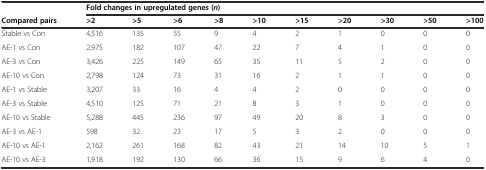
<table><thead><tr><td></td><td colspan="10"><b>Fold changes in upregulated genes (<i>n</i>)</b></td></tr><tr><td><b>Compared pairs</b></td><td><b>&gt;2</b></td><td><b>&gt;5</b></td><td><b>&gt;6</b></td><td><b>&gt;8</b></td><td><b>&gt;10</b></td><td><b>&gt;15</b></td><td><b>&gt;20</b></td><td><b>&gt;30</b></td><td><b>&gt;50</b></td><td><b>&gt;100</b></td></tr></thead><tbody><tr><td>Stable vs Con</td><td>4,516</td><td>135</td><td>55</td><td>9</td><td>4</td><td>2</td><td>1</td><td>0</td><td>0</td><td>0</td></tr><tr><td>AE-1 vs Con</td><td>2,975</td><td>182</td><td>107</td><td>47</td><td>22</td><td>7</td><td>4</td><td>1</td><td>0</td><td>0</td></tr><tr><td>AE-3 vs Con</td><td>3,426</td><td>225</td><td>149</td><td>65</td><td>35</td><td>11</td><td>5</td><td>2</td><td>0</td><td>0</td></tr><tr><td>AE-10 vs Con</td><td>2,798</td><td>124</td><td>73</td><td>31</td><td>16</td><td>2</td><td>1</td><td>1</td><td>0</td><td>0</td></tr><tr><td>AE-1 vs Stable</td><td>3,207</td><td>33</td><td>16</td><td>4</td><td>4</td><td>2</td><td>0</td><td>0</td><td>0</td><td>0</td></tr><tr><td>AE-3 vs Stable</td><td>4,510</td><td>125</td><td>71</td><td>21</td><td>8</td><td>3</td><td>1</td><td>0</td><td>0</td><td>0</td></tr><tr><td>AE-10 vs Stable</td><td>5,288</td><td>445</td><td>236</td><td>97</td><td>49</td><td>20</td><td>8</td><td>3</td><td>0</td><td>0</td></tr><tr><td>AE-3 vs AE-1</td><td>598</td><td>32</td><td>23</td><td>17</td><td>5</td><td>3</td><td>2</td><td>0</td><td>0</td><td>0</td></tr><tr><td>AE-10 vs AE-1</td><td>2,162</td><td>261</td><td>168</td><td>82</td><td>43</td><td>21</td><td>14</td><td>10</td><td>5</td><td>1</td></tr><tr><td>AE-10 vs AE-3</td><td>1,918</td><td>192</td><td>130</td><td>66</td><td>36</td><td>15</td><td>9</td><td>6</td><td>4</td><td>0</td></tr></tbody></table>